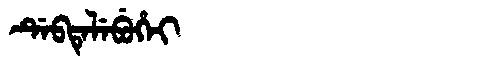
Manchu: ᡩᡝᠪᡨᡝᠯᡝᠪᡠᡥᡝᡳ
Romanization: DEBTELEBUHEI